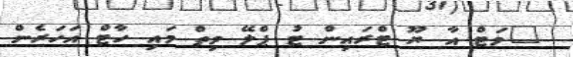
"ވަޓް އާ ޔޫ ޓްރައިން ޓު ޕްލޭ ވިތް މައި ހާޓް އަހަރެން